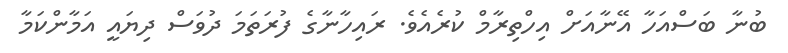
ބުނާ ބަސްއަހާ އޭނާއަށް އިހްތިރާމް ކުރެއެވެ. ރައިހާނާގެ ފުރަތަމަ ދުވަސް ދިޔައީ އަމާންކަމާ